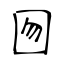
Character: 囫